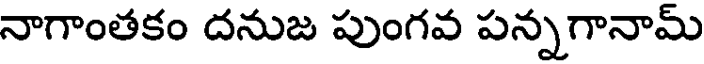
నాగాంతకం దనుజ పుంగవ పన్నగానామ్